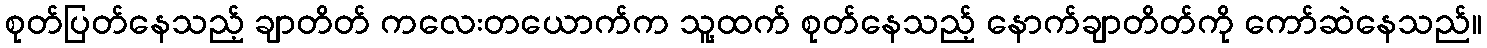
စုတ်ပြတ်နေသည့် ချာတိတ် ကလေးတယောက်က သူ့ထက် စုတ်နေသည့် နောက်ချာတိတ်ကို ကော်ဆဲနေသည်။